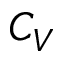
C _ { V }